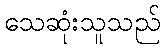
သေဆုံးသူသည်